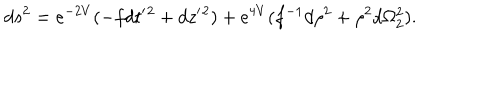
d s ^ { 2 } = e ^ { - 2 V } ( - f d t ^ { \prime } { } ^ { 2 } + d z ^ { \prime } { } ^ { 2 } ) + e ^ { 4 V } ( f ^ { - 1 } d \rho ^ { 2 } + \rho ^ { 2 } d \Omega _ { 2 } ^ { 2 } ) .